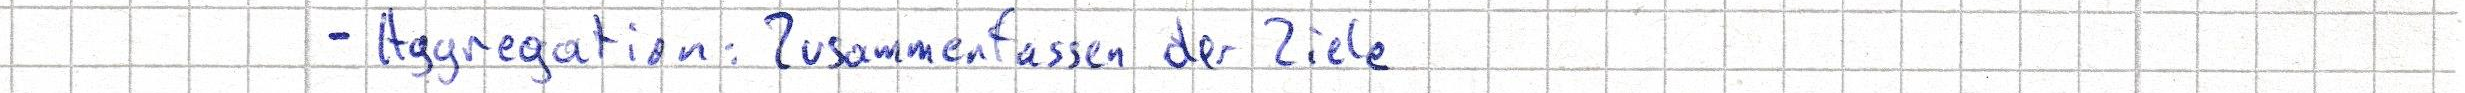
- Aggregation: Zusammenfassen der Ziele